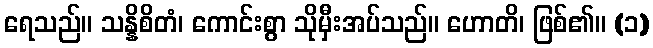
ရေသည်။ သန္နိစိတံ၊ ကောင်းစွာ သိုမှီးအပ်သည်။ ဟောတိ၊ ဖြစ်၏။ (၁)